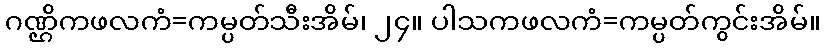
ဂဏ္ဌိကဖလကံ=ကမ္ပတ်သီးအိမ်၊ ၂၄။ ပါသကဖလကံ=ကမ္ပတ်ကွင်းအိမ်။